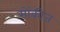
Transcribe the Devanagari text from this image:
मोंकीज